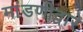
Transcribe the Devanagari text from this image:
मांडणीद्वारे